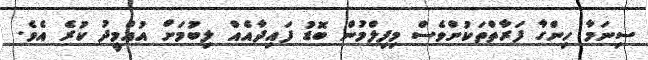
ސިނަމާ ހިންގާ ފަރާތްތަކުންވެސް މިފިލްމުން ބޮޑު ފައިދާއެއް ލިބުމަށް އުއްމީދު ކުރެ އެވެ.